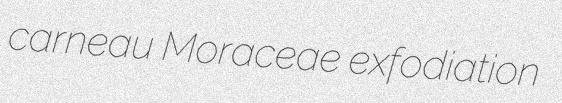
carneau Moraceae exfodiation